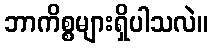
ဘာကိစ္စများရှိပါသလဲ။